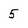
Character: 5